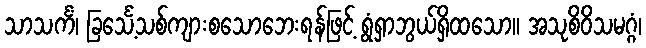
သာသင်္ကံ၊ ခြင်္သေ့သစ်ကျားစသောဘေးရန်ဖြင့် ရွံရှာဘွယ်ရှိထသော။ အသုစိဝိသမဂ္ဂံ၊